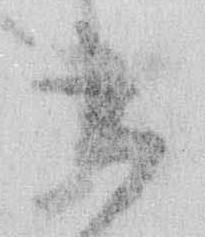
書